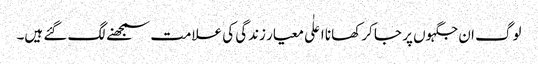
لوگ ان جگہوں پر جا کر کھانا اعلٰی معیار زندگی کی علامت سمجھنے لگ گئے ہیں۔